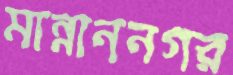
মান্নাননগর